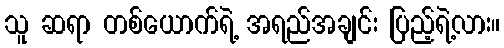
သူ ဆရာ တစ်ယောက်ရဲ့ အရည်အချင်း ပြည့်ရဲ့လား။